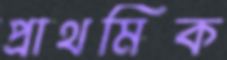
প্রাথমিক